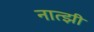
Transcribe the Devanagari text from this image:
नात्झी